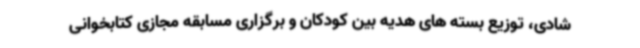
شادی، توزیع بسته های هدیه بین کودکان و برگزاری مسابقه مجازی کتابخوانی